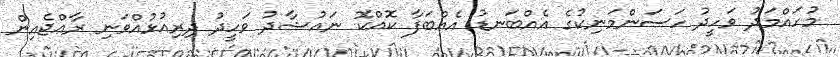
މުހައްމަދު ވަހީދު ހަސަންމަނިކުގެ އެއްބަނޑު އެއްބަފާ ކޮއްކޮ ނައުޝާދު ވަހީދު ދިރިއުޅުއްވަނި ރާޢްޖެއިން